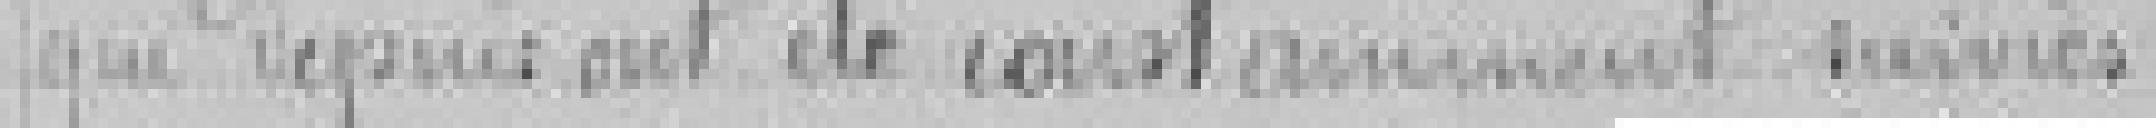
que depuis ont été constamment suivies.